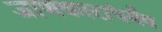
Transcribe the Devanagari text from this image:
जाणकारांपर्यंत